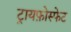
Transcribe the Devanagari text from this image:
ट्रायफ़ोस्फेट